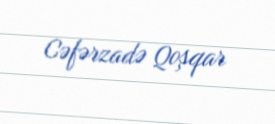
Cəfərzadə Qoşqar